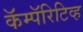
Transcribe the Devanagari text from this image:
कॅम्पॅरिटिव्ह